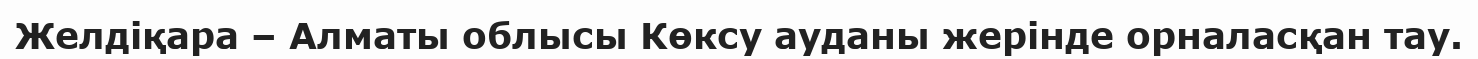
Желдіқара – Алматы облысы Көксу ауданы жерінде орналасқан тау.